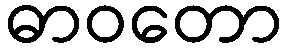
ဓာဝတော